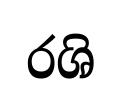
රශි